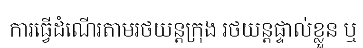
ការធ្វើដំណើរតាមរថយន្តក្រុង រថយន្តផ្ទាល់ខ្លួន ឬ